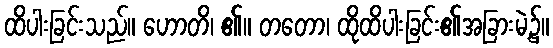
ထိပါးခြင်းသည်။ ဟောတိ၊ ၏။ တတော၊ ထိုထိပါးခြင်း၏အခြားမဲ့၌။